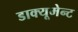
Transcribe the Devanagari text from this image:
डाक्यूमेन्ट